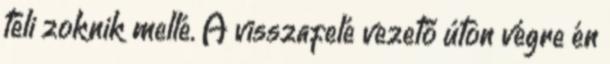
téli zoknik mellé. A visszafelé vezető úton végre én